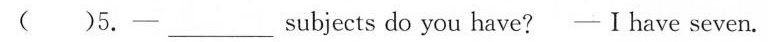
( )5.-___subjects do you have?-I have